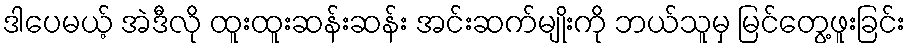
ဒါပေမယ့် အဲဒီလို ထူးထူးဆန်းဆန်း အင်းဆက်မျိုးကို ဘယ်သူမှ မြင်တွေ့ဖူးခြင်း